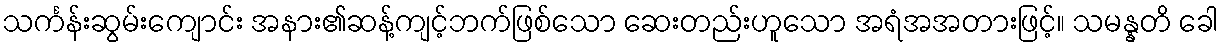
သင်္ကန်းဆွမ်းကျောင်း အနား၏ဆန့်ကျင့်ဘက်ဖြစ်သော ဆေးတည်းဟူသော အရံအအတားဖြင့်။ သမန္နတိ ခေါ